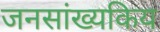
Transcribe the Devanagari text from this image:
जनसांख्यकिय